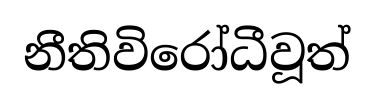
නීතිවිරෝධීවූත්